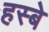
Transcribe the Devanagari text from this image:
हस्बे